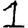
Digit: 1